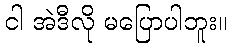
ငါ အဲဒီလို မပြောပါဘူး။